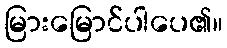
မြားမြောင်ပါပေ၏။